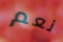
نعم